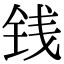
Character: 钱